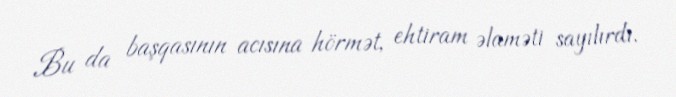
Bu da başqasının acısına hörmət, ehtiram əlaməti sayılırdı.